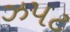
ઝપટ